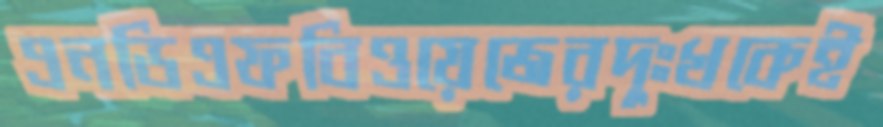
এনডিএফবিওয়েজেরদুঃখকেই